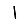
Digit: 1